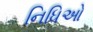
નિધિઓ